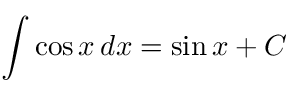
\int \cos { x } \, d x = \sin { x } + C